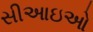
સીઆઇઓ